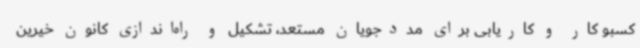
کسبو کار و کاریابی برای مددجویان مستعد، تشکیل و راه‌اندازی کانون خیرین